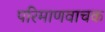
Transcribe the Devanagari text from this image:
परिमाणवाचक